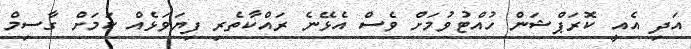
އަދި އެއީ ކޮރަޕްޝަން ހުއްޓުވުމަށް ވެސް އެޅޭނެ ރައްކާތެރި ފިޔަވަޅެއް ކަމަށް ގާސިމް